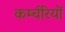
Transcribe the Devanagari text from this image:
कर्म्चरियों